Scottish Education Department, 1919
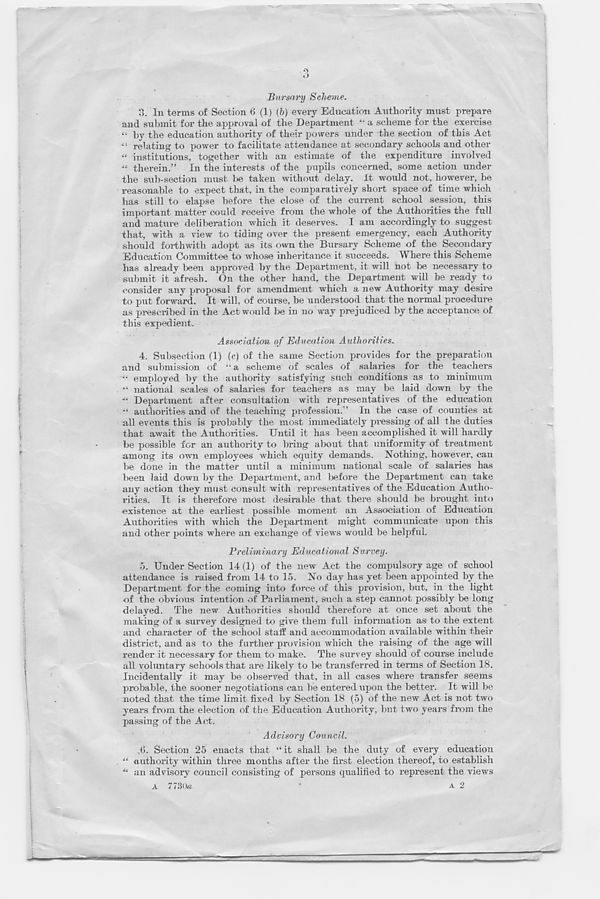
o
Bursary Scheme.
3. In terms of Section 6 (1) (h) every Education Authority must prepare
and submit for the approval of the Department “ a scheme for the exercise
“ by the education authority of their powers under the section of this Act
“ relating to power to facilitate attendance at secondary schools and other
“ institutions, together with an estimate of the expenditure involved
“ therein.” In the interests of the pupils concerned, some action under
the sub-section must be taken without delay. It would not, however, be
reasonable to expect that, in the comparatively short space of time which
has still to elapse before the close of the current school session, this
important matter could receive from the whole of the Authorities the full
and mature deliberation which it deserves. I am accordingly to suggest
that, with a view to tiding over the present emergency, each Authority
should forthwith adopt as its own the Bursary Scheme of the Secondary
Education Committee to whose inheritance it succeeds. Where this Scheme
has already been approved by the Department, it will not lie necessary to
submit it afresh. On the other hand, the Department will be ready to
consider any proposal for amendment which a new Authority may desire
to put forward. It will, of course, be understood that the normal procedure
as prescribed in the Act would lie in no way prejudiced by the acceptance of
this expedient.
Association of Education Authorities.
4. Subsection (1) (e) of the same Section provides for the preparation
and submission of ‘’a scheme of scales of salaries for the teachers
•• employed by the authority satisfying such conditions as to minimum
“ national scales of salaries for teachers as may be laid down by the
“ Department after consultation with representatives of the education
authorities and of the teaching profession.” In the case of counties at
all events this is probably the most immediately pressing of all the duties
that await the Authorities. Until it has been accomplished it will hardly
be possible for an authority to bring about that uniformity of treatment
among its own employees which equity demands. Nothing, however, can
be done in the matter until a minimum national scale of salaries has
been laid down by the Department, and before the Department can take
any action they must consult with representatives of the Education Autho-
rities. It is therefore most desirable that there should be brought into
existence at the earliest possible moment an Association of Education
Authorities with which the Department might communicate upon this
and other points where an exchange of views would be helpful.
Preliminary Educational Survey.
5. Under Section 14 (1) of the new Act the compulsory age of school
attendance is raised from 14 to 15. No day has yet been appointed by the
Department for the coming into force of this provision, but, in the light
of the obvious intention of Parliament, such a step cannot possibly be long
delayed. The new Authorities should therefore at once set about the
making of a survey designed to give them full information as to the extent
and character of the school start* and accommodation available within their
district, and as to the further provision which the raising of the age will
render it necessary for them to make. The survey should of course include
all voluntary schools that are likely to be transferred in terms of Section 18.
Incidentally it may be observed that, in all cases where transfer seems
probable, the sooner negotiations can be entered upon the better. It will be
noted that the time limit fixed by Section 18 (5) of the new Act is not two
years from the election of the Education Authority, bnt two years from the
passing of the Act.
Advisory Council.
6. Section 25 enacts that “ it shall be the duty of every education
“ authority within three months after the first election thereof, to establish
“ an advisory council consisting of persons qualified to represent the views
A 773G«
*
A 2